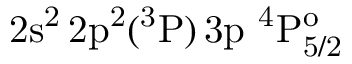
\mathrm { 2 s ^ { 2 } \, 2 p ^ { 2 } ( ^ { 3 } P ) \, 3 p ~ ^ { 4 } P _ { 5 / 2 } ^ { o } }